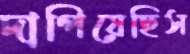
দাপিয়েছিস